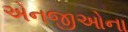
એનજીઓના